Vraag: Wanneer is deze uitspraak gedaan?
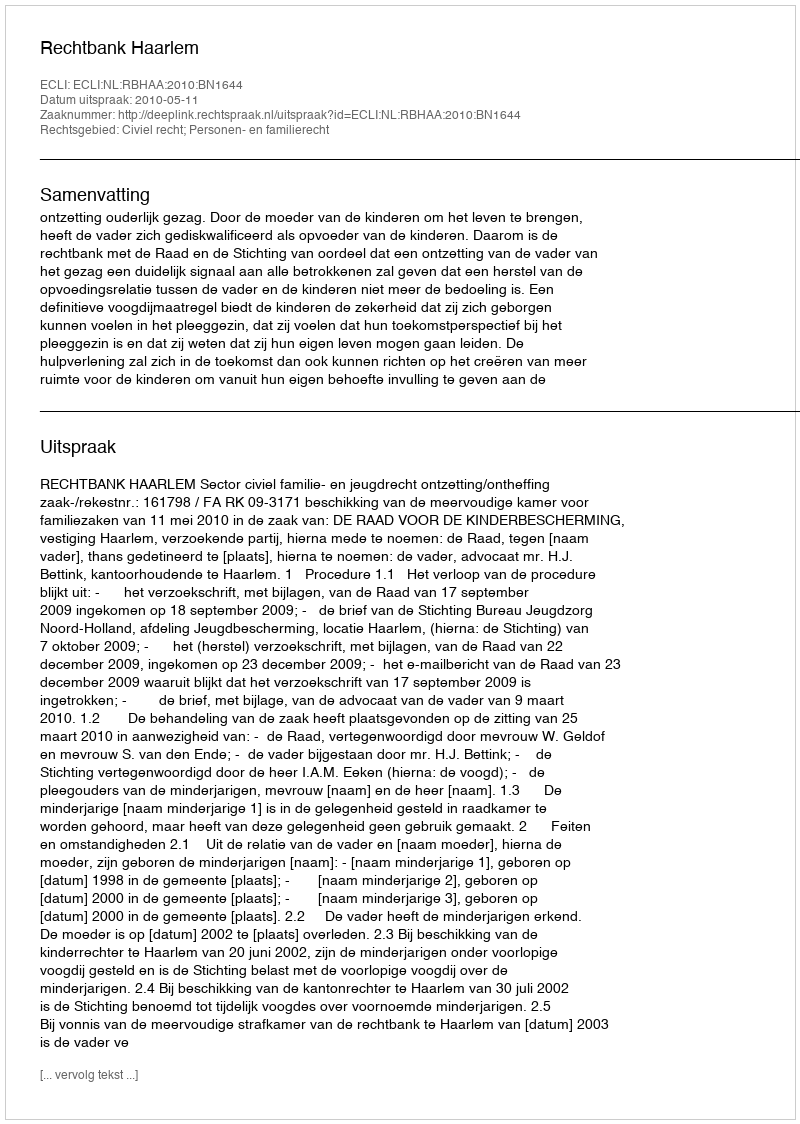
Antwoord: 2010-05-11